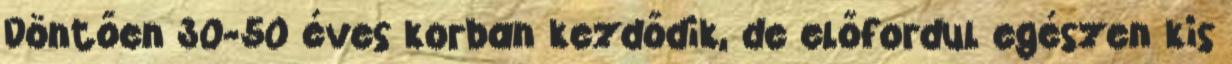
Döntően 30-50 éves korban kezdődik, de előfordul egészen kis